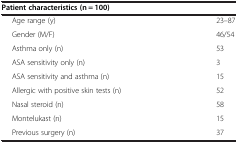
<table><thead><tr><td><b>Patient characteristics (n = 100)</b></td><td><b> </b></td></tr></thead><tbody><tr><td>Age range (y)</td><td>23–87</td></tr><tr><td>Gender (M/F)</td><td>46/54</td></tr><tr><td>Asthma only (n)</td><td>53</td></tr><tr><td>ASA sensitivity only (n)</td><td>3</td></tr><tr><td>ASA sensitivity and asthma (n)</td><td>15</td></tr><tr><td>Allergic with positive skin tests (n)</td><td>52</td></tr><tr><td>Nasal steroid (n)</td><td>58</td></tr><tr><td>Montelukast (n)</td><td>15</td></tr><tr><td>Previous surgery (n)</td><td>37</td></tr></tbody></table>